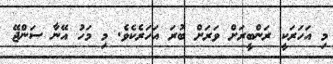
މި އަހަރަކީ ރަންބީރަށް ވަރަށް ބުރަ އަހަރެކެވެ. މި މަހު އޭނާ ސަންޖޭ